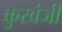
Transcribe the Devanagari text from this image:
कुरवंजी